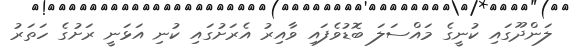
ލަންދޫގައި ކުނީގެ މައްސަލަ ބޮޑުވެފައި ވާއިރު އެރަށުގައި ކުނި އަޅަނީ ރަށުގެ ހަތަރު